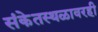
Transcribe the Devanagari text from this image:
संकेतस्थळावरही